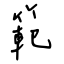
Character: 範